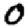
Digit: 0